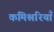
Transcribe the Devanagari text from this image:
कमिश्नरियाँ